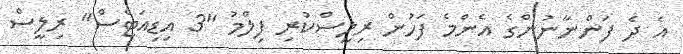
އެ ދެ ފަންނާނުންގެ އެންމެ ފަހުން ރިލީސްކުރި ފިލްމު ''3 އިޑިއަޓްސް'' ރިލީސް